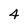
Character: 4